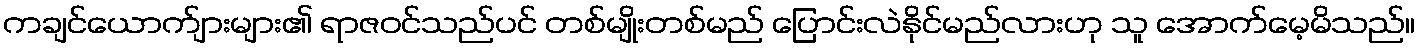
ကချင်ယောက်ျားများ၏ ရာဇဝင်သည်ပင် တစ်မျိုးတစ်မည် ပြောင်းလဲနိုင်မည်လားဟု သူ အောက်မေ့မိသည်။